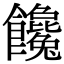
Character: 饞